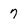
Character: 7